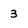
Character: 3